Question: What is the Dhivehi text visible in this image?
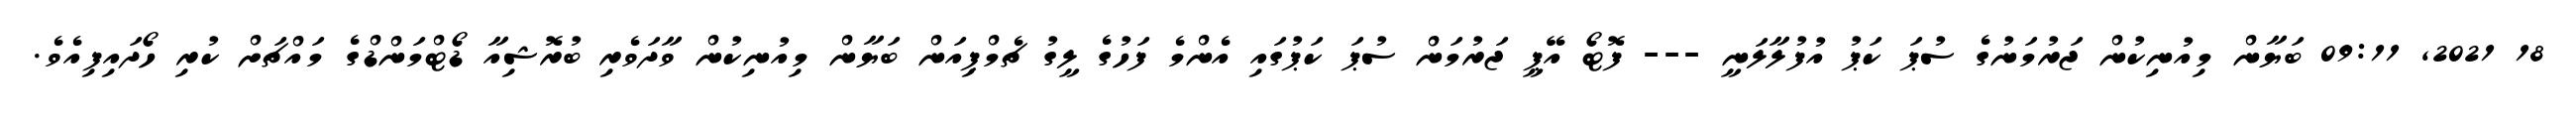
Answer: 18 2021, 09:11 ބަޔާން މިއުނިކުން ޖަރުމަނުގެ ސުޕަ ކަޕު އުފުލާލަނީ --- ފޮޓޯ އޭޕީ ޖަރުމަން ސުޕަ ކަޕުގައި އެންމެ ފަހުގެ ލީގު ޗެމްޕިއަން ބަޔާން މިއުނިކުން ވާދަވެރި ބުރޮޝިއާ ޑޯޓްމަންޑްގެ މައްޗަށް ކުރި ހޯދައިފިއެވެ.